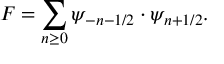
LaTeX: F = \sum _ { n \geq 0 } \psi _ { - n - 1 / 2 } \cdot \psi _ { n + 1 / 2 } .